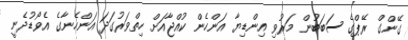
ގޭންގް ރޭޕްގެ ސަބަބުން މަރުވި އިންޑިޔާ އަންހެން ކުއްޖާއަށް ހިތްވަރުގަދަ އަންހެނާގެ އެވޯޑުދެނީ